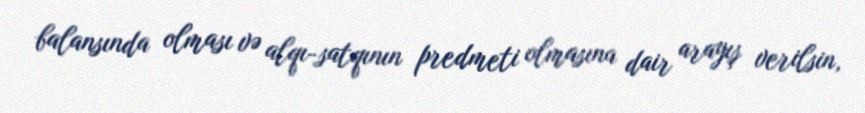
balansında olması və alqı-satqının predmeti olmasına dair arayış verilsin,